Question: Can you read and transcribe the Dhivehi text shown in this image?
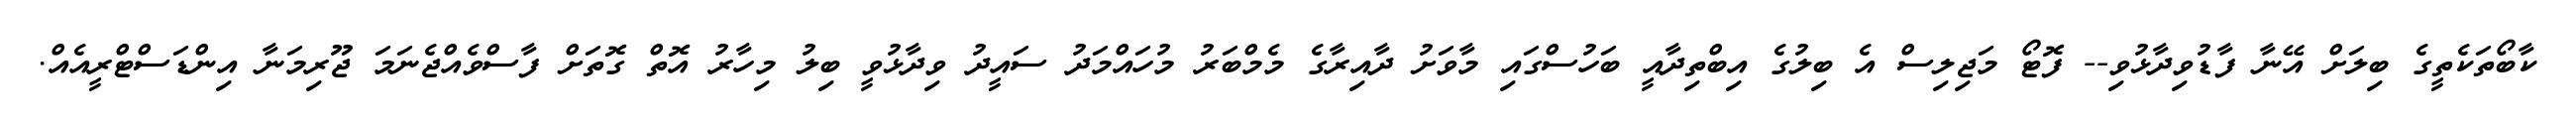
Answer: ކާބޯތަކެތީގެ ބިލަށް އޭނާ ފާޑުވިދާޅުވި-- ފޮޓޯ މަޖިލިސް އެ ބިލުގެ އިބްތިދާއީ ބަހުސްގައި މާވަށު ދާއިރާގެ މެމްބަރު މުހައްމަދު ސައީދު ވިދާޅުވީ ބިލު މިހާރު އޮތް ގޮތަށް ފާސްވެއްޖެނަމަ ޖޫރިމަނާ އިންޑަސްޓްރީއެއް.